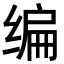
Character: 编